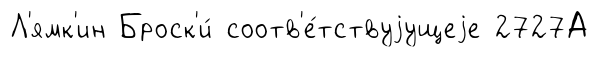
Л'ямк'ин Броск'и́ соотв'е́тствуjущеjе 2727А